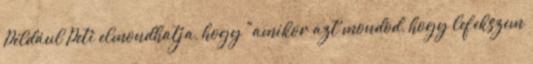
Például Peti elmondhatja, hogy "amikor azt mondod, hogy lefekszem